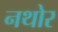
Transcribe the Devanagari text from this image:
नथोर